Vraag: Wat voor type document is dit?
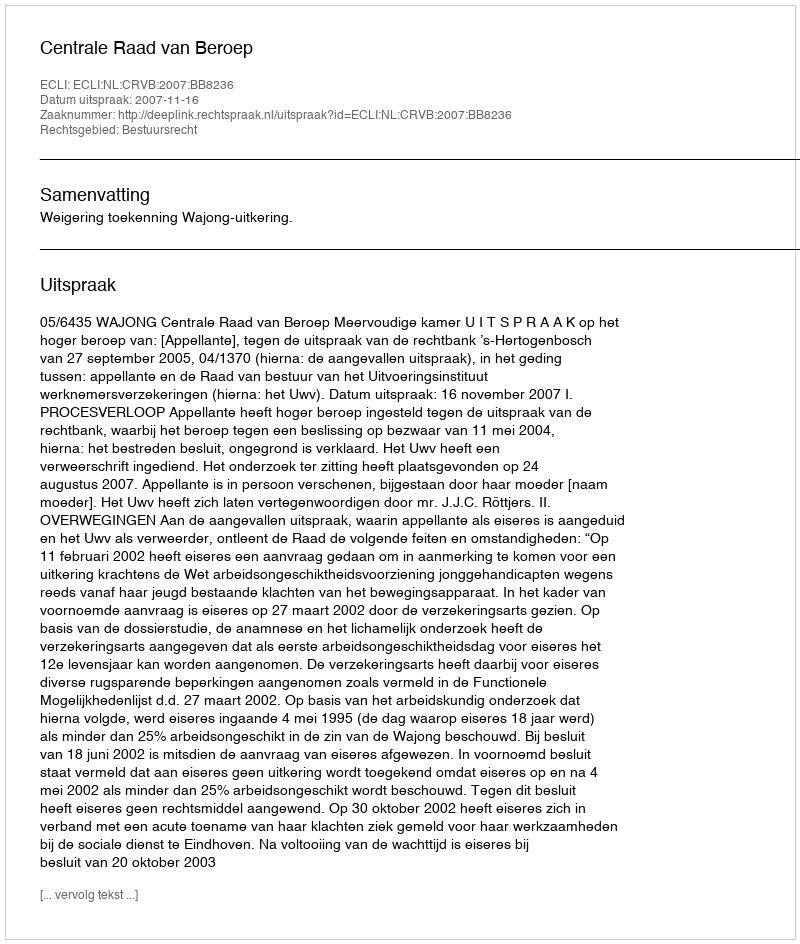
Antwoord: Uitspraak